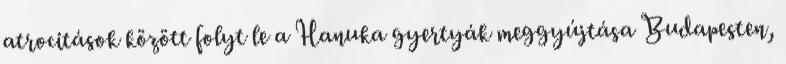
atrocitások között folyt le a Hanuka gyertyák meggyújtása Budapesten,